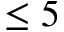
\le 5